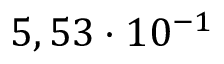
5 , 5 3 \cdot 1 0 ^ { - 1 }